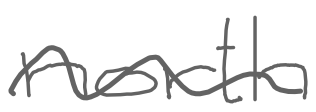
Text: north
Cross-out: wave
Writing tool: digital_gray